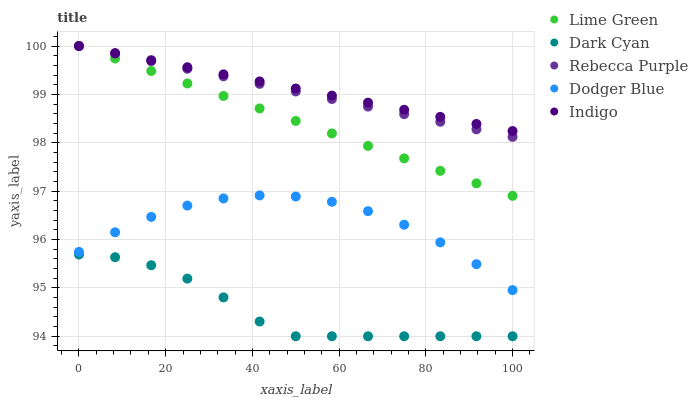
| xaxis_label | Lime Green | Dark Cyan | Rebecca Purple | Dodger Blue | Indigo |
 | --- | --- | --- | --- | --- | --- |
 | 0 | 100 | 95.7 | 100 | 95.7 | 100 |
 | 8.33 | 99.7 | 95.6 | 99.8 | 96.1 | 99.9 |
 | 16.7 | 99.5 | 95.5 | 99.7 | 96.5 | 99.7 |
 | 25 | 99.2 | 95.2 | 99.5 | 96.7 | 99.6 |
 | 33.3 | 99 | 94.8 | 99.4 | 96.8 | 99.4 |
 | 41.7 | 98.7 | 94.3 | 99.2 | 96.9 | 99.3 |
 | 50 | 98.5 | 94 | 99.1 | 96.9 | 99.1 |
 | 58.3 | 98.2 | 94 | 98.9 | 96.8 | 99 |
 | 66.7 | 97.9 | 94 | 98.7 | 96.6 | 98.8 |
 | 75 | 97.7 | 94 | 98.6 | 96.3 | 98.7 |
 | 83.3 | 97.4 | 94 | 98.4 | 95.9 | 98.5 |
 | 91.7 | 97.2 | 94 | 98.3 | 95.5 | 98.4 |
 | 100 | 96.9 | 94 | 98.1 | 95 | 98.2 |